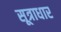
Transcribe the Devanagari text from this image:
सूत्राधार